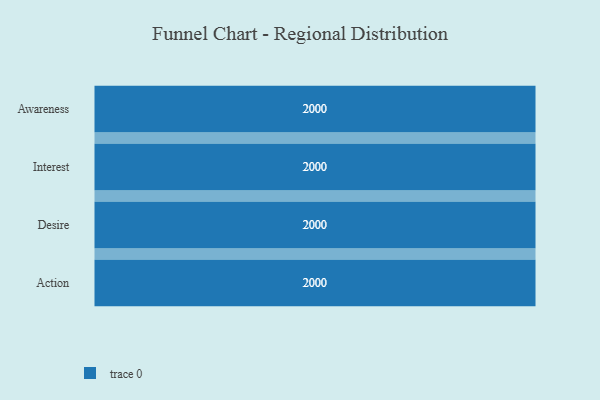
{"axis": {"x": "Stage", "y": "Value"}, "legend": [""], "data": [{"x": "Awareness", "y": 2000, "type": ""}, {"x": "Interest", "y": 2000, "type": ""}, {"x": "Desire", "y": 2000, "type": ""}, {"x": "Action", "y": 2000, "type": ""}]}